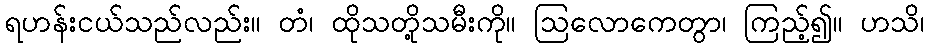
ရဟန်းငယ်သည်လည်း။ တံ၊ ထိုသတို့သမီးကို။ ဩလောကေတွာ၊ ကြည့်၍။ ဟသိ၊